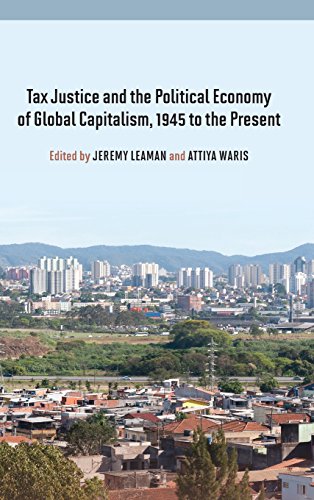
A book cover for Tax Justice and the Political Economy of Global Capitalism, 1945 to the Present; Law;